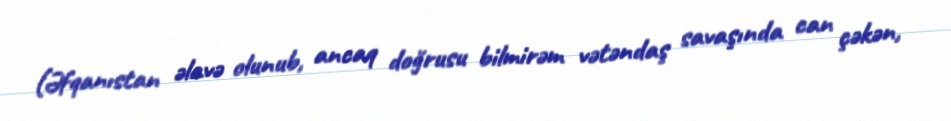
(Əfqanıstan əlavə olunub, ancaq doğrusu bilmirəm vətəndaş savaşında can çəkən,